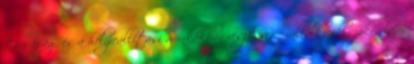
társaság és a helyreállítási munkákban részt vevő vállalkozók szakemberei